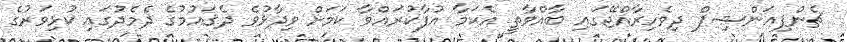
ޗެންޕިއަންޝިޕް ދިވެހިރާއްޖޭގައި ބާއްވާތީ އެކަމާ އުފާކުރައްވާ ކަމަށް ވިދާޅުވެ ދެޤައުމުގެ ދެމެދުގައި ކުޅިވަރުގެ